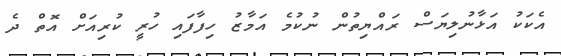
އެކަކު އަޅާނުލިޔަސް ރައްޔިތުން ނުކުމެ އަމާޒު ހިފާފައި ހުރީ ކުރިއަށް އޮތް ދެ